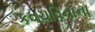
કવચવિનાના